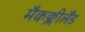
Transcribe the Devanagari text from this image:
मैकक्लीलैंड